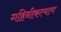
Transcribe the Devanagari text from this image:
गहिनीकल्याण